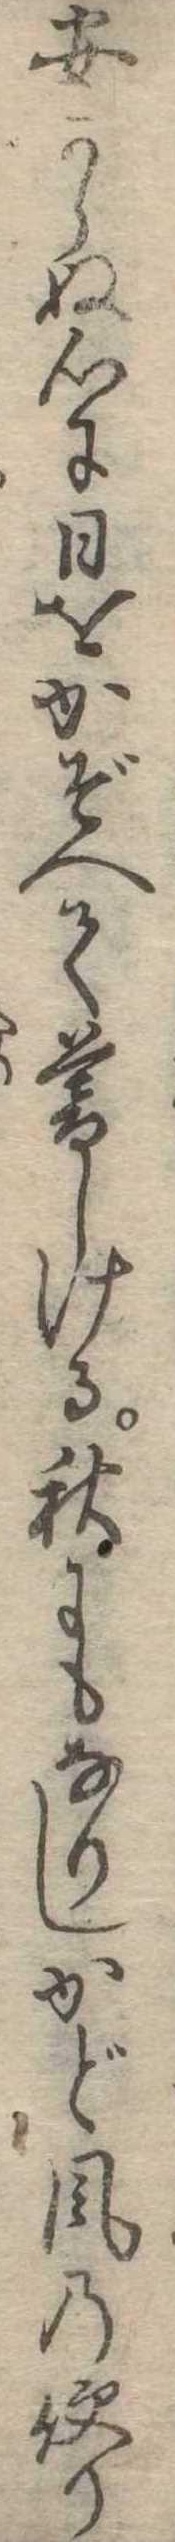
安からぬ心に日をかぞへて暮しける秋にもなりしかど風の便り